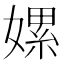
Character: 嫘